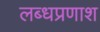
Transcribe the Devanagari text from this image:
लब्धप्रणाश